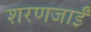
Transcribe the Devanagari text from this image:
शरणजाईं